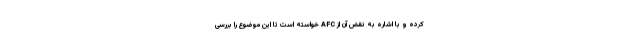
کرده و با اشاره به نقض آن از AFC خواسته است تا این موضوع را بررسی